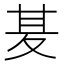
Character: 𭐢